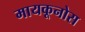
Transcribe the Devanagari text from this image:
मायकूनोस